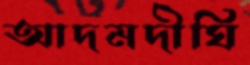
আদমদীঘি